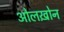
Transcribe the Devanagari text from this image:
ओलख़ोन